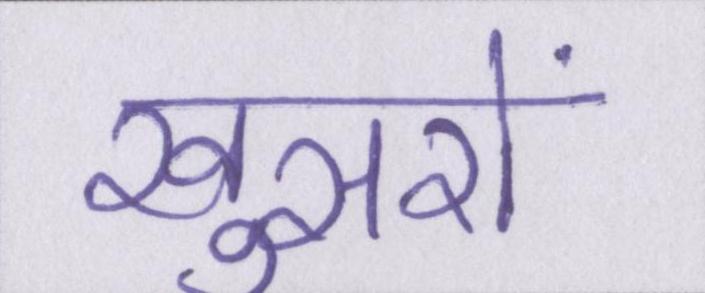
खुसरों